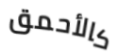
كالأحمق